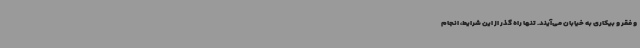
و فقر و بیکاری به خیابان می‌آیند. تنها راه گذر از این شرایط، انجام